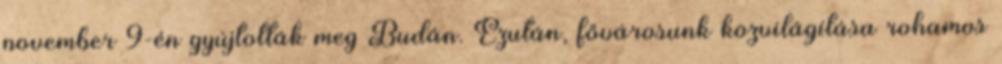
november 9-én gyújtották meg Budán. Ezután, fővárosunk közvilágítása rohamos